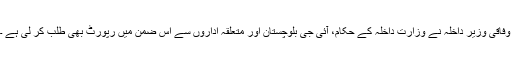
وفاقی وزیر داخلہ نے وزارت داخلہ کے حکام، آئی جی بلوچستان اور متعلقہ اداروں سے اس ضمن میں رپورٹ بھی طلب کر لی ہے ۔